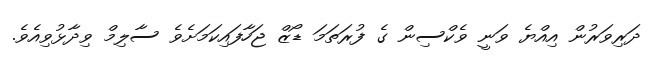
ދަރިވަރުން އިއްޔެ ވަނީ ވެކްސިން ގެ ފުރަތަމަ ޑޯޒް ޖަހާފައިކަމަށެވެ ސާލިމް ވިދާޅުވިއެވެ.